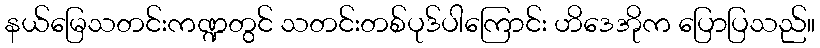
နယ်မြေသတင်းကဏ္ဍတွင် သတင်းတစ်ပုဒ်ပါကြောင်း ဟိဒေအိုက ပြောပြသည်။